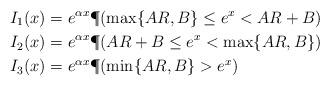
LaTeX: \begin{align*}I_1(x)&=e^{\alpha x}\P(\max\{AR,B\}\leq e^x<AR+B) \\I_2(x)&=e^{\alpha x}\P(AR+B\leq e^x<\max\{AR,B\}) \\I_3(x)&=e^{\alpha x}\P(\min\{AR,B\}>e^x)\end{align*}